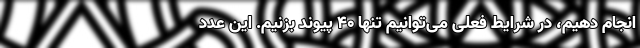
انجام دهیم، ‌در شرایط فعلی می‌توانیم تنها ۴۰ پیوند بزنیم. این عدد